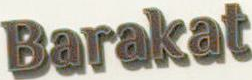
Barakat